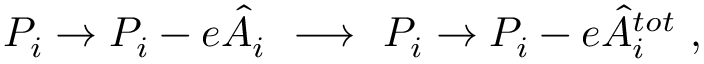
P _ { i } \to P _ { i } - e \hat { A } _ { i } \ \ { \bf { \longrightarrow } } \ \ P _ { i } \to P _ { i } - e \hat { A } _ { i } ^ { t o t } \ ,